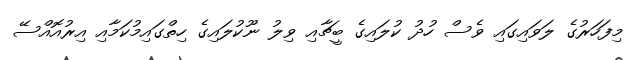
މިފަހަރުގެ ލަވައިގައި ވެސް ހުދު ކުލައިގެ ބީޗާއި ވިލު ނޫކުލައިގެ ހިތްގައިމުކަމާއި އިރުއޮއްސޭ